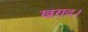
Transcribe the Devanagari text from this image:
खराद।